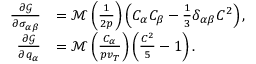
\begin{array} { r l } { \frac { \partial \mathcal { G } } { \partial \sigma _ { \alpha \beta } } } & { = \mathcal { M } \left( \frac { 1 } { 2 p } \right) \left( C _ { \alpha } C _ { \beta } - \frac { 1 } { 3 } \delta _ { \alpha \beta } C ^ { 2 } \right) , } \\ { \frac { \partial \mathcal { G } } { \partial q _ { \alpha } } } & { = \mathcal { M } \left( \frac { C _ { \alpha } } { p v _ { T } } \right) \left( \frac { C ^ { 2 } } { 5 } - 1 \right) . } \end{array}